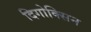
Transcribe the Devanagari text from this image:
दिगोक्सिन